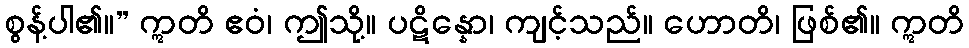
စွန့်ပါ၏။” ဣတိ ဧဝံ၊ ဤသို့။ ပဋိန္နော၊ ကျင့်သည်။ ဟောတိ၊ ဖြစ်၏။ ဣတိ